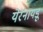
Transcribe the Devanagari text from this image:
येर्रनायडू